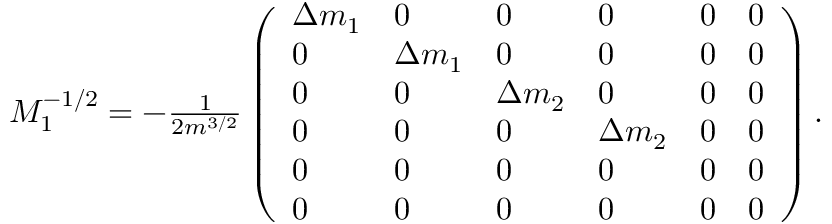
\begin{array} { r } { M _ { 1 } ^ { - 1 / 2 } = - \frac { 1 } { 2 m ^ { 3 / 2 } } \left( \begin{array} { l l l l l l } { \Delta m _ { 1 } } & { 0 } & { 0 } & { 0 } & { 0 } & { 0 } \\ { 0 } & { \Delta m _ { 1 } } & { 0 } & { 0 } & { 0 } & { 0 } \\ { 0 } & { 0 } & { \Delta m _ { 2 } } & { 0 } & { 0 } & { 0 } \\ { 0 } & { 0 } & { 0 } & { \Delta m _ { 2 } } & { 0 } & { 0 } \\ { 0 } & { 0 } & { 0 } & { 0 } & { 0 } & { 0 } \\ { 0 } & { 0 } & { 0 } & { 0 } & { 0 } & { 0 } \end{array} \right) . } \end{array}